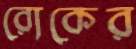
রোকের